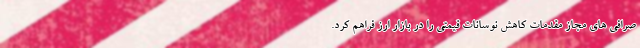
صرافی های مجاز مقدمات کاهش نوسانات قیمتی را در بازار ارز فراهم کرد.